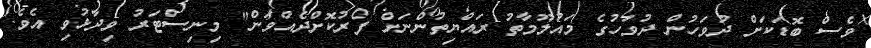
ވެސް ބޮޑަކަށް ދުވަހުން ދުވަހުގެ މައުލޫމާތު ރައްޔިތުންނަށް ފޯރުކޮށްދެއްވަން" މިނިސްޓަރު ވިދާޅުވި އެވެ.